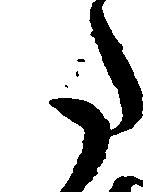
た